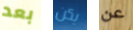
بعد يكن عن